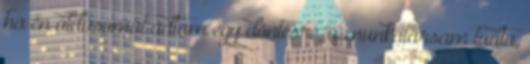
ha én áldásomat adtam egy döntésre, a munkatársam tudta,